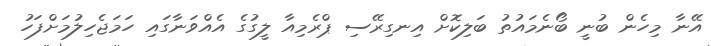
އޭނާ މިހެން ބުނީ ބޯނެމައުތު ބަލިކޮށް އިނގިރޭސި ޕްރެމިއާ ލީގުގެ އެއްވަނާގައި ހަމަޖެހިލުމަށްފަހު